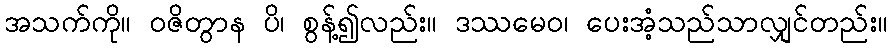
အသက်ကို။ ဝဇိတွာန ပိ၊ စွန့်၍လည်း။ ဒဿမေဝ၊ ပေးအံ့သည်သာလျှင်တည်း။